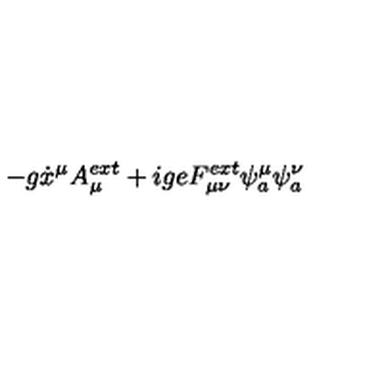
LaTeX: - g \dot { x } ^ { \mu } A _ { \mu } ^ { e x t } + i g e F _ { \mu \nu } ^ { e x t } \psi _ { a } ^ { \mu } \psi _ { a } ^ { \nu }